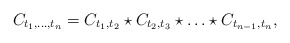
\begin{align*}C_{t_1,\ldots,t_n}=C_{t_1,t_2}\star C_{t_2,t_3}\star\ldots\star C_{t_{n-1},t_n},\end{align*}